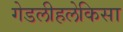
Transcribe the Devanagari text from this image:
गेडलीहलेकिसा